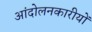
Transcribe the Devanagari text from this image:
आंदोलनकारीयों